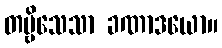
တဗ္ဗိသေသာ ခဏာဒယော။